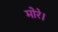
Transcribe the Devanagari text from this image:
मोरे।